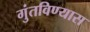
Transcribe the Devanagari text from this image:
गुंतविण्यास